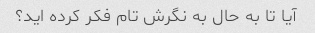
آیا تا به حال به نگرش تام فکر کرده اید؟